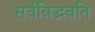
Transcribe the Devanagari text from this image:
सर्वविद्भवति